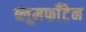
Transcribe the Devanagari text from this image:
ब्लूमफॉँटेन